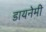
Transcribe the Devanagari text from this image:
डायनेमी